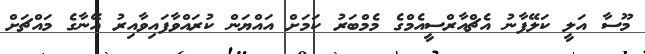
މޫސާ އަލީ ކަލޭފާނު އެޗްއާރްސީއެމްގެ މެމްބަރު ކަމަށް އައްޔަން ކުރައްވާފައިވާއިރު އޭނާގެ މައްޗަށް